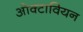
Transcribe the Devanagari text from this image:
ओक्टावियन